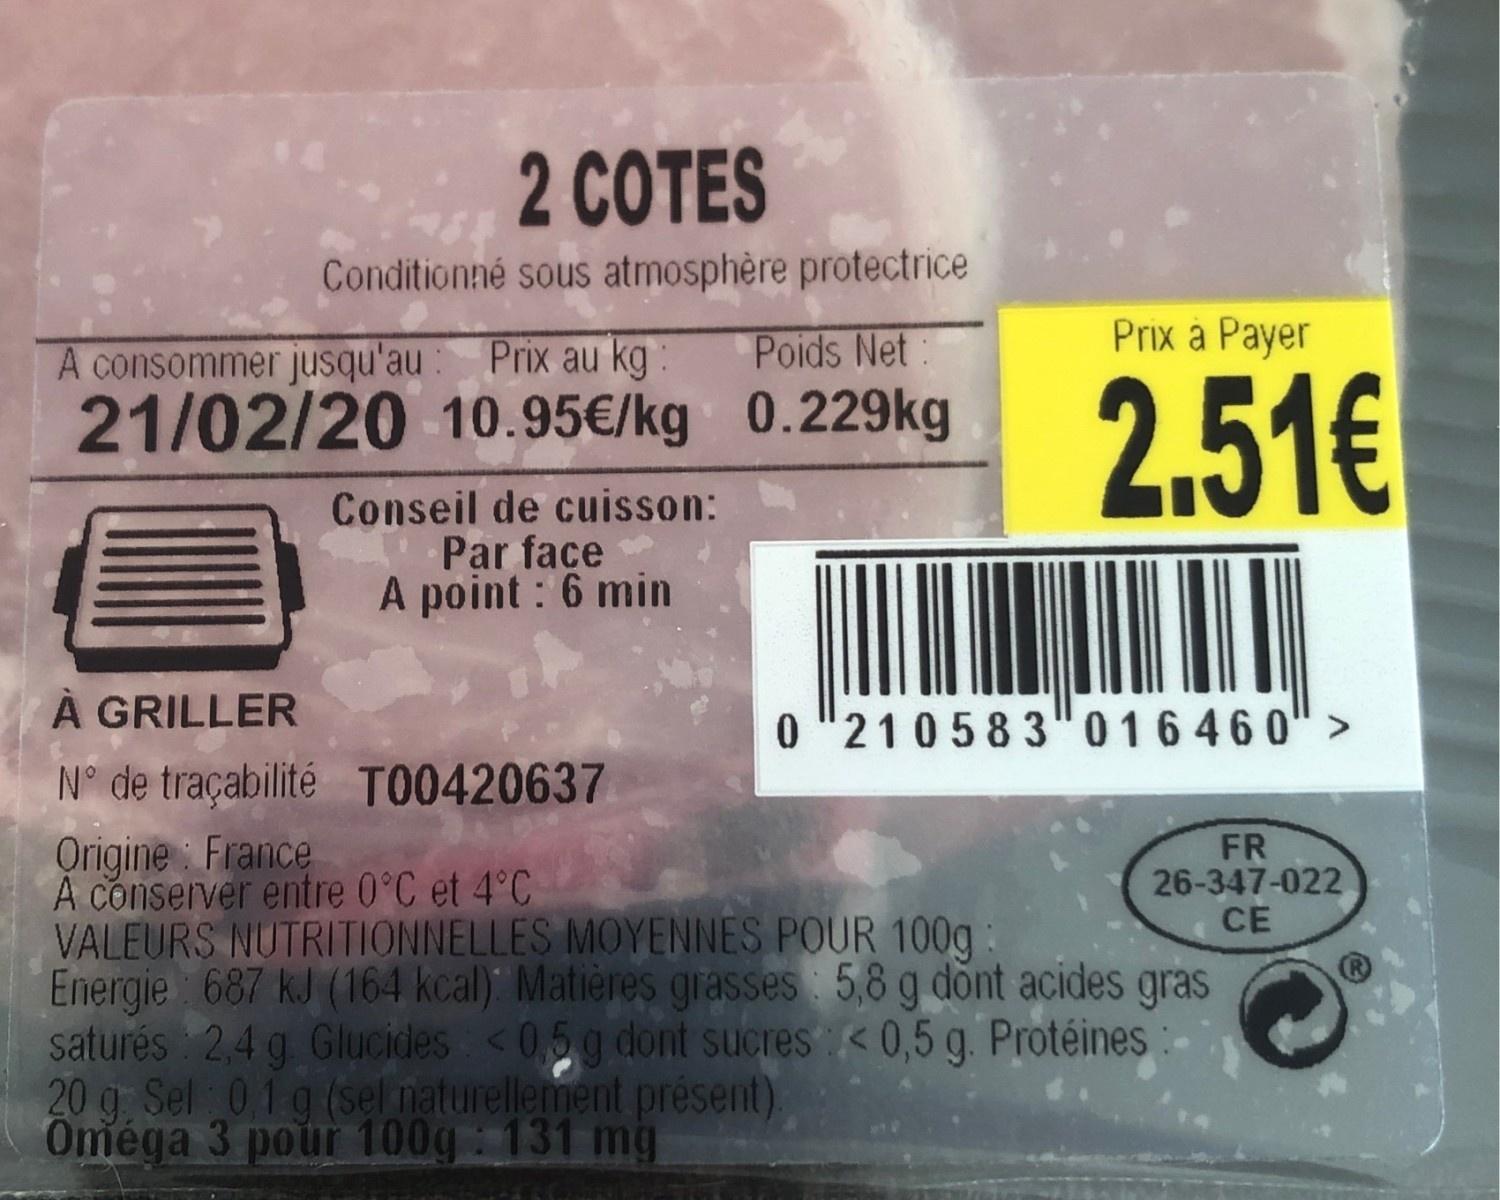
2 COTES Conditionné sous atmosphère protectrice Poids Net: Prix à Payer A consommer jusqu'au: Prix au kg : 2.51€ 21/02/20 10.95€/kg 0.229kg Conseil de cuisson: Par face A point : 6 min À GRILLER 0 "210583"016 460" > N° de traçabilité TO0420637 Origine France A conserver entre 0°C et 4°C VALEURS NUTRITIONNELLES MOYENNES POUR 100g: Energie 687 kJ (164 kcal) Matières grasses: 5,8 g dönt acides gras saturés 2,4 g Glucides <0,5g dont sucres<0,5 g Protéines 20 g Sel 01g (sel naturellement présent). Oméga 3 pour 100g: 131 mg FR 26-347-022 CE